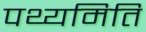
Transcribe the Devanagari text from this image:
पथ्यमिति